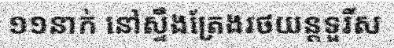
១១នាក់ នៅស្ទឹងត្រែងរថយន្តទួរីស